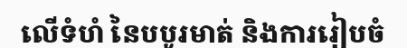
លើទំហំ នៃបបូរមាត់ និងការរៀបចំ